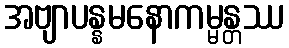
အဗျာပန္နမနောကမ္မန္တဿ